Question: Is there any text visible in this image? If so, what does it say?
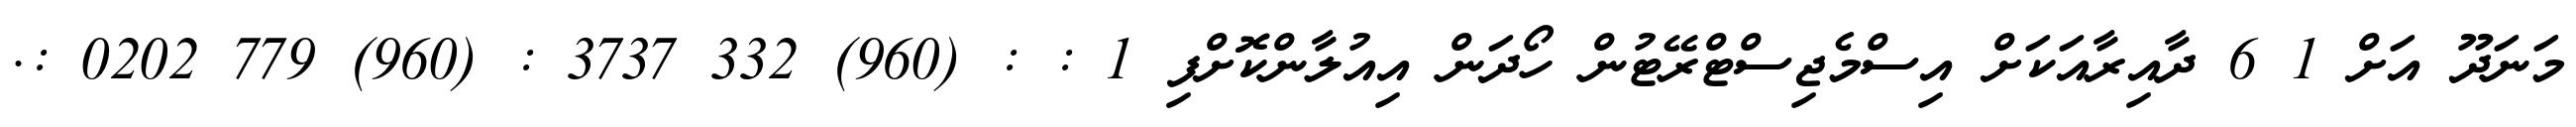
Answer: މަނަދޫ އަށް 1 6 ދާއިރާއަކަށް އިސްމެޖިސްޓްރޭޓުން ހޯދަން އިއުލާންކޮށްފި 1 : : (960) 332 3737 : (960) 779 0202 :.